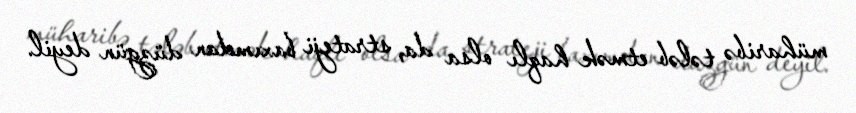
müharibə tələb etmək haqlı olsa da, strateji baxımdan düzgün deyil.